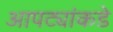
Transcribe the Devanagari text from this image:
आपट्यांकडे